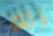
ذلك